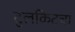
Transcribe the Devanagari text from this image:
टुलकिटचा